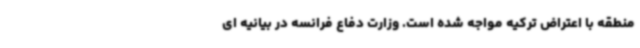
منطقه با اعتراض ترکیه مواجه شده است. وزارت دفاع فرانسه در بیانیه ای